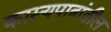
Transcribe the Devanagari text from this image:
कास्यपात्रांतील